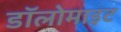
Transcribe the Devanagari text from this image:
डॉलोमाइट